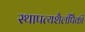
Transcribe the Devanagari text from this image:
स्थापत्यशैलींपैकी